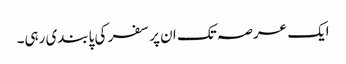
ایک عرصہ تک ان پر سفر کی پابندی رہی۔